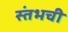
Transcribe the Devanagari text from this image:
स्तंभची